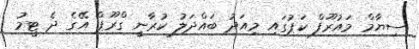
ސިޔާމް މައުރޫފް ކަޕުގައި މިއަދު ބައްދަލު ކުރާނީ ގްރޫޕް އޭގެ ދެ ޓީމު